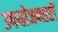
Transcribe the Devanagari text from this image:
उपयोजणारी